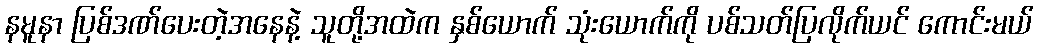
နမူနာ ပြစ်ဒဏ်ပေးတဲ့အနေနဲ့ သူတို့အထဲက နှစ်ယောက် သုံးယောက်ကို ပစ်သတ်ပြလိုက်ယင် ကောင်းမယ်